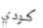
كودي